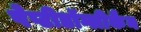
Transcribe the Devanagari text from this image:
पेप्टीडॉग्लीकैन